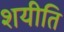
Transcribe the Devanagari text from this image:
शयीति